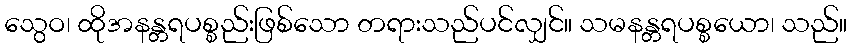
သွေဝ၊ ထိုအနန္တရပစ္စည်းဖြစ်သော တရားသည်ပင်လျှင်။ သမနန္တရပစ္စယော၊ သည်။